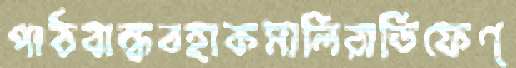
পাঠবান্ধবহাকমালিরাডিফেণ্